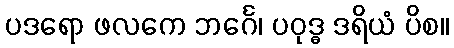
ပဒရော ဖလကေ ဘင်္ဂေ၊ ပဝုဒ္ဓ ဒရိယံ ပိစ။